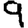
Digit: 9